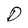
Character: D